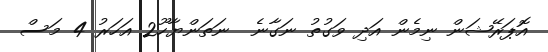
އޮޕަރޭޝަން ނިމެން އަދި ވަގުތު ނަގާނެ  ނަތަންޔާހޫ2 އަހަރު 4 މަސް